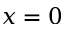
x = 0